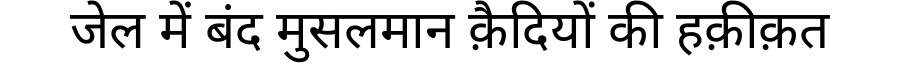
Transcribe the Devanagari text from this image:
जेल में बंद मुसलमान क़ैदियों की हक़ीक़त